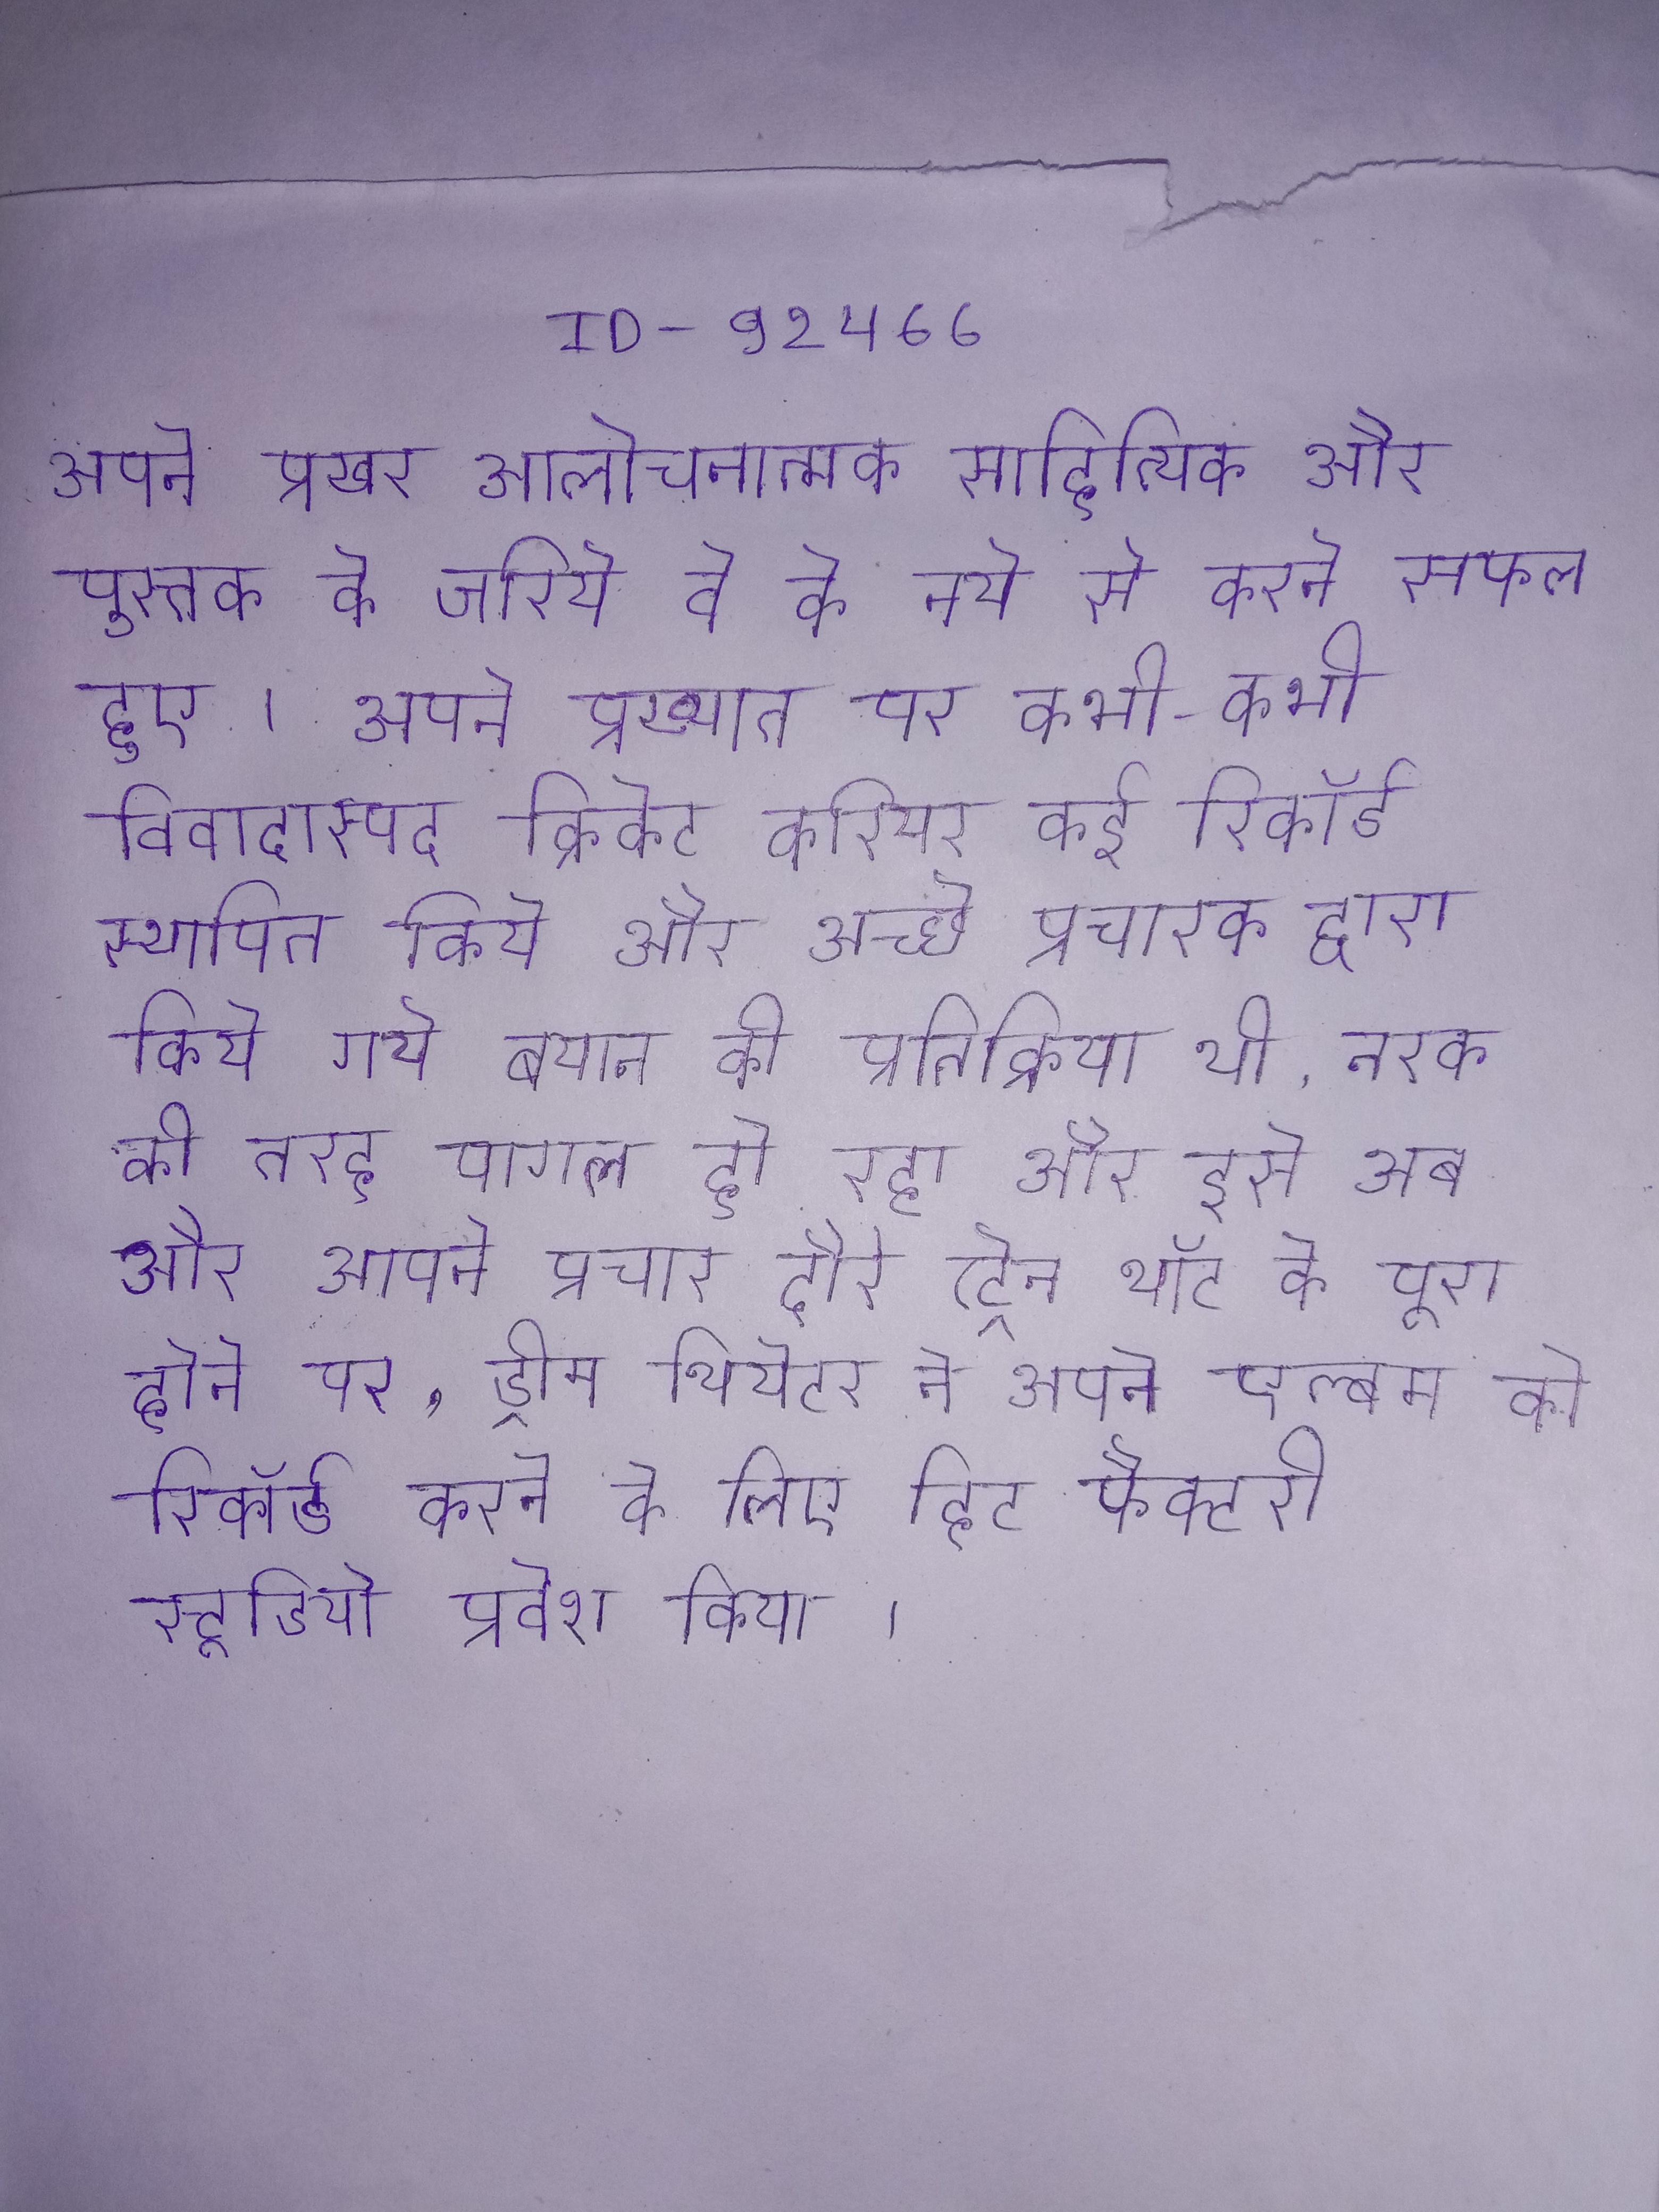
अपने प्रखर आलोचनात्मक साहित्यिक और पुस्तक के जरिये वे को नये से करने सफल हुए । अपने प्रख्यात पर कभी-कभी विवादास्पद क्रिकेट करियर कई रिकॉर्ड स्थापित किये और अच्छे प्रदर्शन किये । अपने प्रचारक द्वारा किये गये बयान की प्रतिक्रिया थी, नरक की तरह पागल हो रहा और इसे अब और अपने प्रचार दौरे ट्रेन थॉट के पूरा होने पर, ड्रीम थियेटर ने अपने एल्बम को रिकॉर्ड करने के लिए हिट फैक्टरी स्टूडियो प्रवेश किया ।